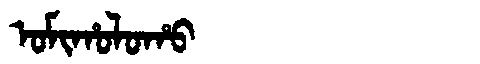
Manchu: ᠣᠮᡳᡥᠣᠯᠣᡥᠣ
Romanization: OMIHOLOHO